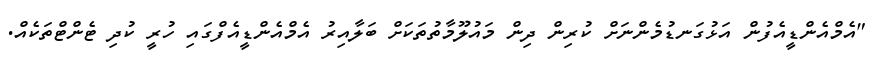
"އެމްއެންޑީއެފުން އަޅުގަނޑުމެންނަށް ކުރިން ދިން މައުލޫމާތުތަކަށް ބަލާއިރު އެމްއެންޑީއެފްގައި ހުރީ ކުދި ޓެންޓްތަކެއް.